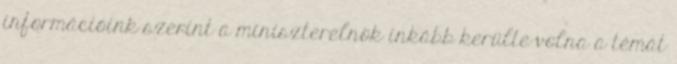
információink szerint a miniszterelnök inkább kerülte volna a témát